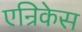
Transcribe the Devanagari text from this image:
एन्रिकेस